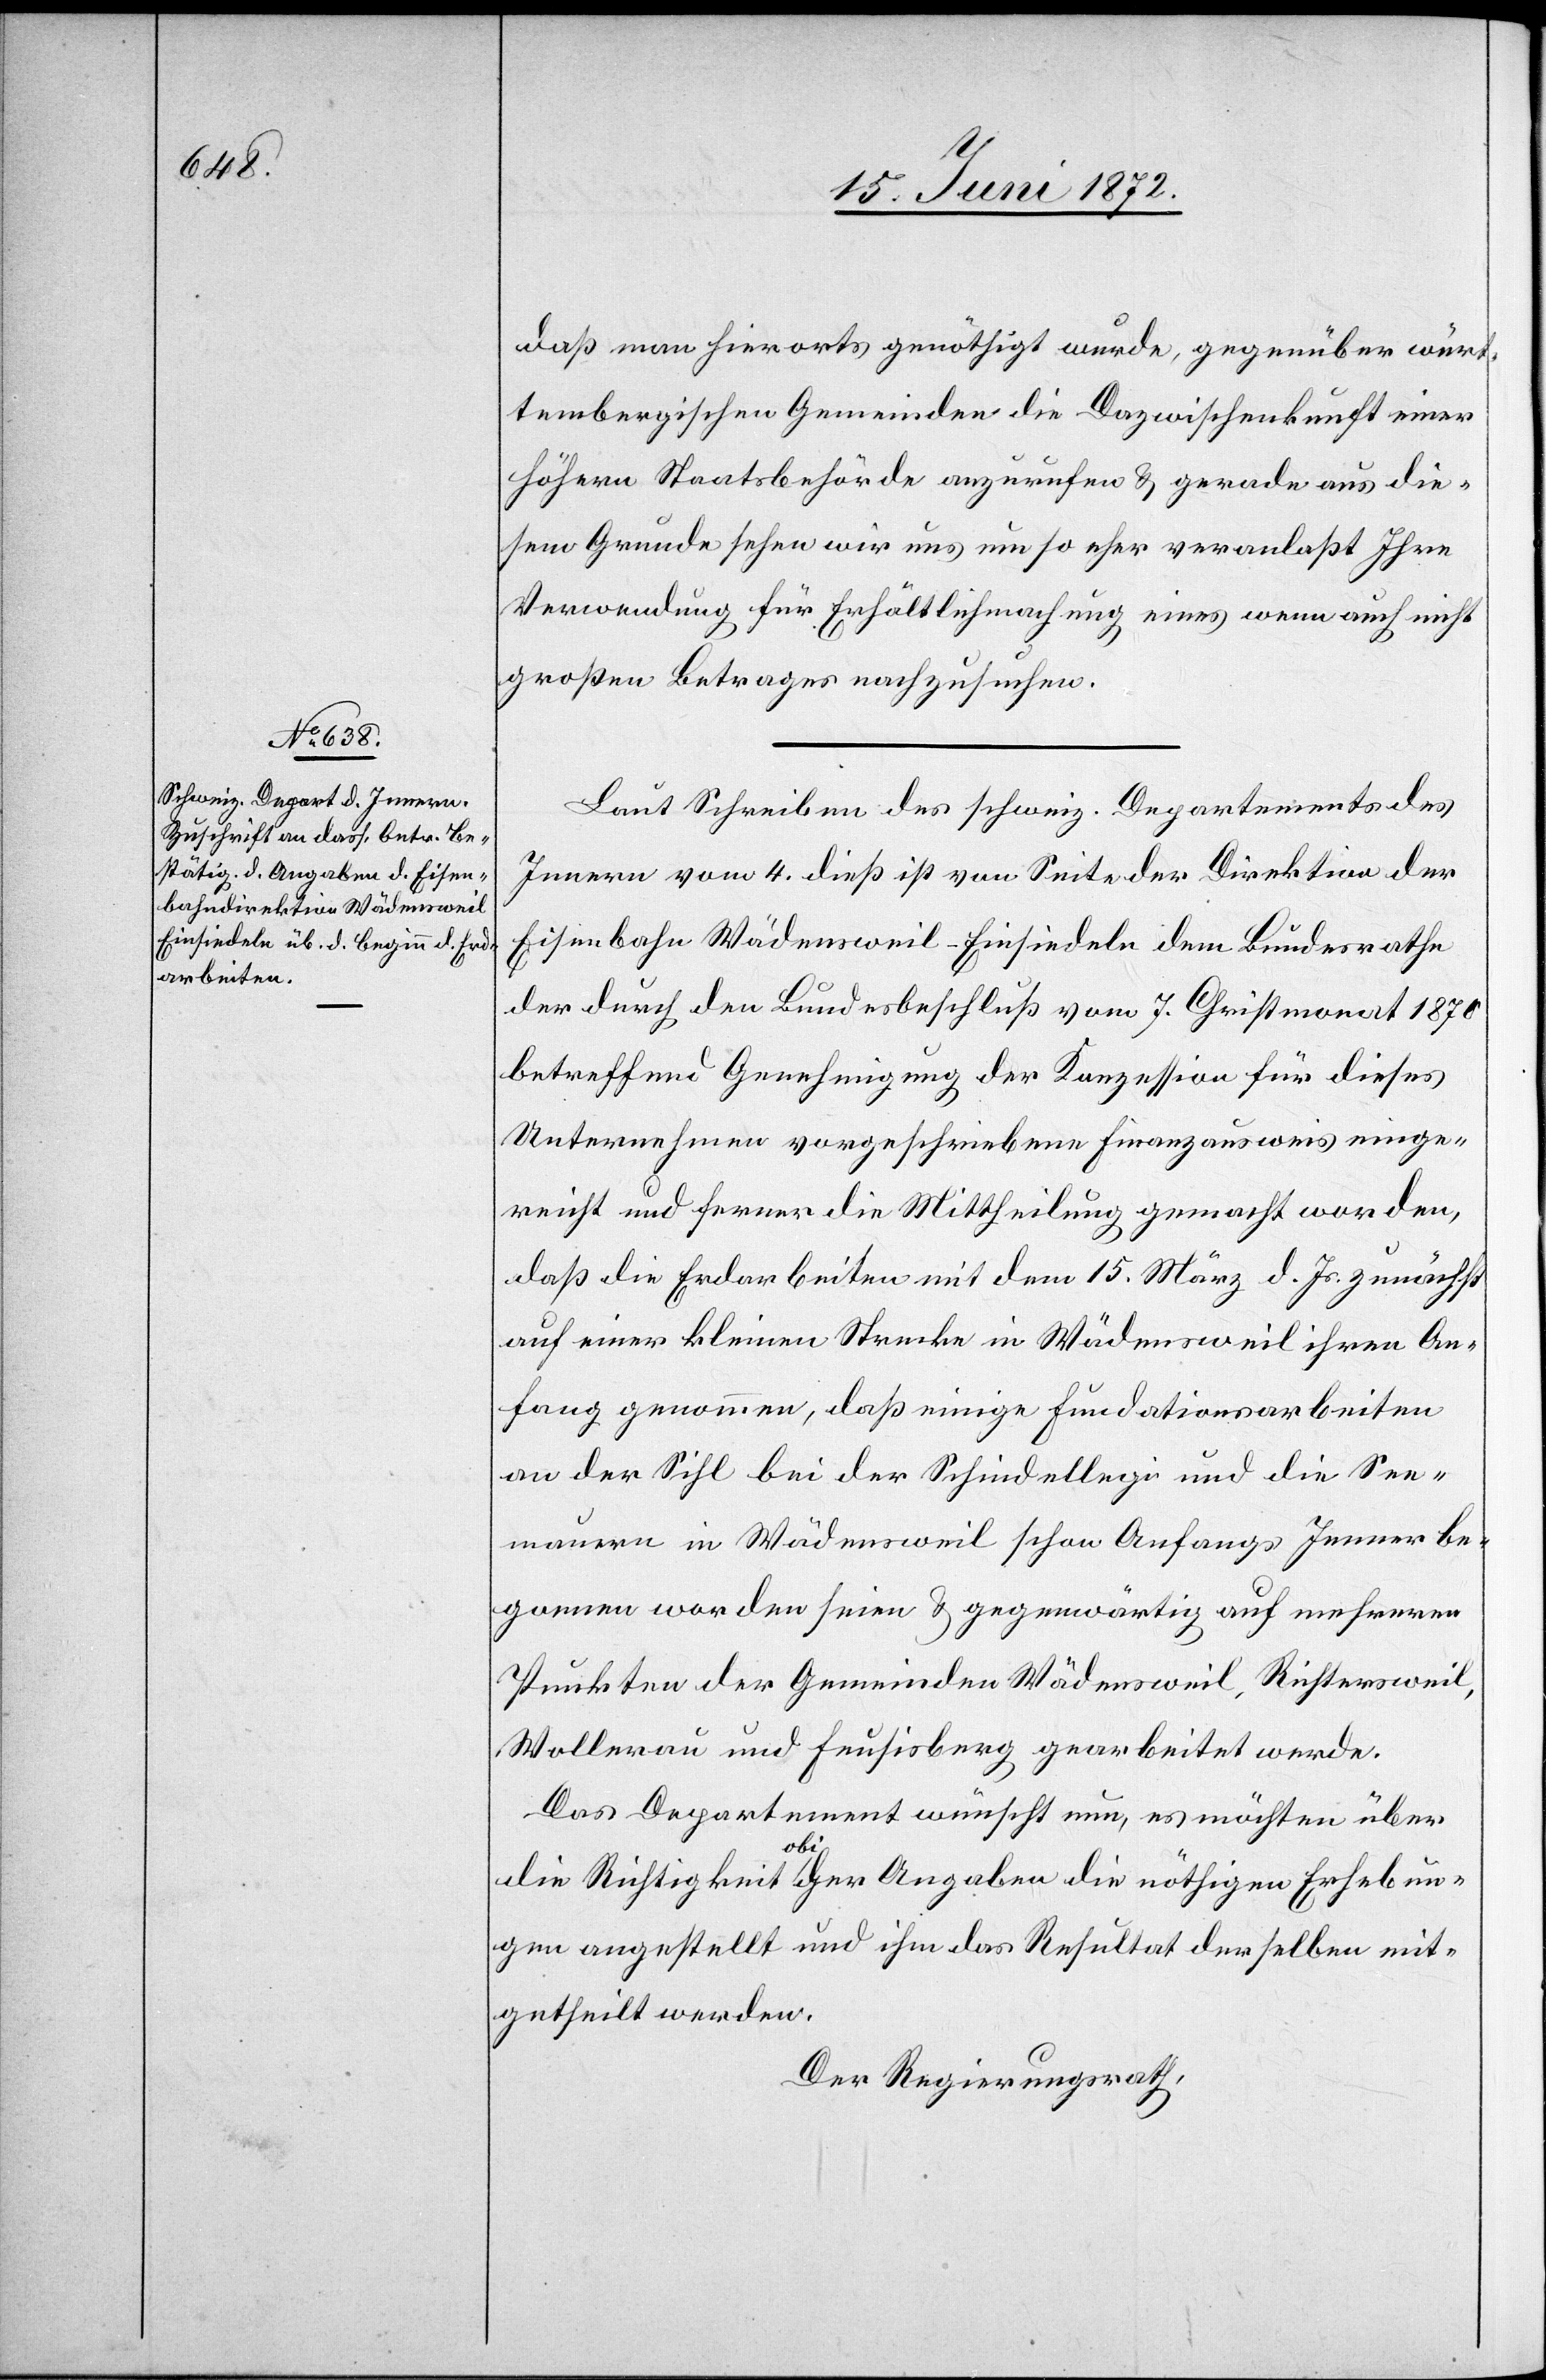
daß man hierorts genöthigt wurde, gegenüber würt¬
tembergischen Gemeinden die Dazwischenkunft einer
höhern Staatsbehörde anzurufen u. gerade aus die¬
sem Grunde sehen wir uns um so eher veranlaßt Ihre
Verwendung für Erhältlichmachung eines wenn auch nicht
großen Betrages nachzusuchen.
Laut Schreiben des schweiz. Departements des
Innern vom 4. dieß ist von Seite der Direktion der
Eisenbahn Wädensweil–Einsiedeln dem Bundesrathe
der durch den Bundesbeschluß vom 7. Christmonat 1870
betreffend Genehmigung der Konzession für dieses
Unternehmen vorgeschriebene Finanzausweis einge¬
reicht und ferner die Mittheilung gemacht worden,
daß die Erdarbeiten mit dem 15. März d. Js. zunächst
auf einer kleinen Strecke in Wädensweil ihren An¬
fang genommen, daß einige Fundationsarbeiten
an der Sihl bei der Schindellegi und die See¬
mauern in Wädensweil schon Anfangs Jenner be¬
gonnen worden seien u. gegenwärtig auf mehreren
Punkten der Gemeinden Wädensweil, Richtersweil,
Wollerau und Feusisberg gearbeitet werde.
Das Departement wünscht nun, es möchten über
die Richtigkeit obiger Angaben die nöthigen Erhebun¬
gen angestellt und ihm das Resultat derselben mit¬
getheilt werden.
Der Regierungsrath,